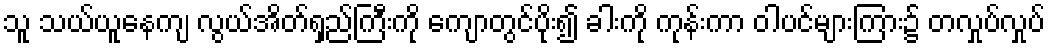
သူ သယ်ယူနေကျ လွယ်အိတ်ရှည်ကြီးကို ကျောတွင်ပိုး၍ ခါးကို ကုန်းကာ ဝါပင်များကြား၌ တလှုပ်လှုပ်